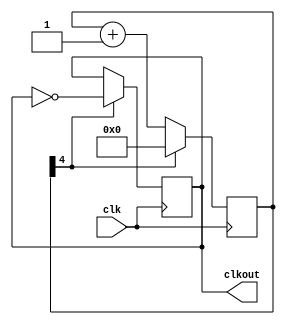
`timescale 1ns / 1ps
//////////////////////////////////////////////////////////////////////////////////
// Company: 
// Engineer: 
// 
// Design Name: 
// Module Name:    clk_div 
// Project Name: 
// Target Devices: 
// Tool versions: 
// Description: 
//
// Dependencies: 
//
// Revision: 
// Revision 0.01 - File Created
// Additional Comments: 
//
//////////////////////////////////////////////////////////////////////////////////
module clk_div(input clk,
					output reg clkout=0
    );
	 
	 reg [23:0] count=0;
	 always @(posedge clk)
		if(count[4] ==1'b1)
		begin
			clkout <= ~clkout;
			count <=0;
		end
		else
			count <= count + 1;

endmodule